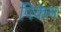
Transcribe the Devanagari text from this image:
पिकेन